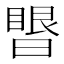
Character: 𰖥